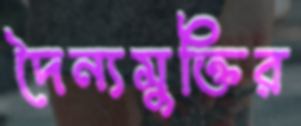
দৈন্যমুক্তির